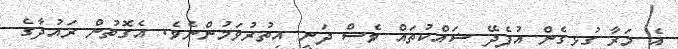
އެ މަރާ ގުޅިގެން އުފެދޭ ޝައްކުތައް ވެސް ދަނީ އިތުރުވަމުންނެވެ. އެގޮތުން ރައުދާގެ